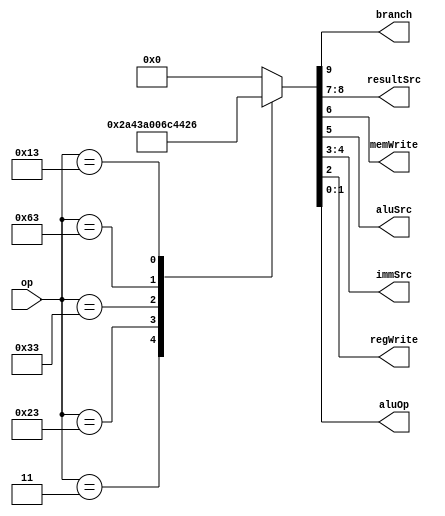
module RISC_main_decoder(
input wire [6:0] op,

output wire branch,
output wire [1:0] resultSrc,
output wire memWrite,
output wire aluSrc,
output wire [1:0] immSrc,
output wire regWrite,
output wire [1:0] aluOp
);

localparam [6:0]	LW = 7'b0000011,
					SW = 7'b0100011,
					R  = 7'b0110011,
					BEQ= 7'b1100011,
					I  = 7'b0010011;

reg [9:0] controls;
assign {branch, resultSrc, memWrite, aluSrc, immSrc, regWrite, aluOp} = controls;


always@(*) begin
case(op)
	LW:		controls = 10'b1_01_0_1_00_1_00;
	SW:		controls = 10'b0_01_1_1_01_0_00;
	R:		controls = 10'b0_00_0_0_00_1_10;
	BEQ:	controls = 10'b1_10_0_0_10_0_01;
	I:		controls = 10'b0_00_0_1_00_1_10;
	default:controls = 10'b0_00_0_0_00_0_00;
endcase
end

endmodule